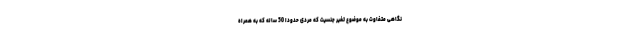
نگاهی متفاوت به موضوع تغیر جنسیت که مردی حدودا 50 ساله که به همراه